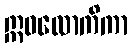
ဣဓလောကိကာ